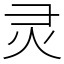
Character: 灵